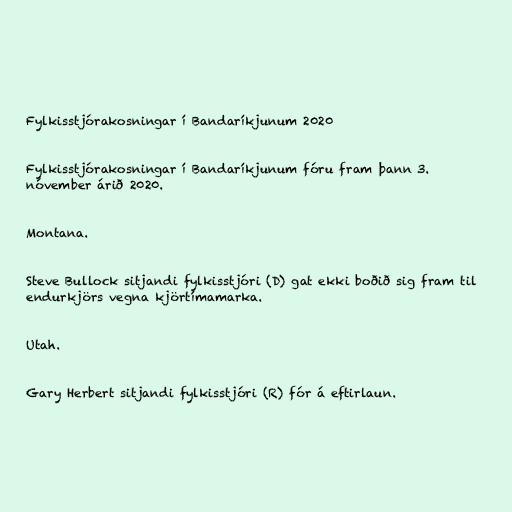
Fylkisstjórakosningar í Bandaríkjunum 2020

Fylkisstjórakosningar í Bandaríkjunum fóru fram þann 3.
nóvember árið 2020.

Montana.

Steve Bullock sitjandi fylkisstjóri (D) gat ekki boðið sig fram til
endurkjörs vegna kjörtímamarka.

Utah.

Gary Herbert sitjandi fylkisstjóri (R) fór á eftirlaun.